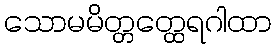
သောမမိတ္တတ္ထေရဂါထာ